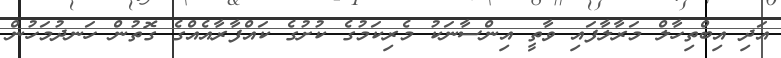
އަދި އިބްތިހާލް މަރާލާފައި ވާތީ އިންސާނަކު މެރިކަމުގެ ކުށުގެ ކައްފާރާއެއްގެ ގޮތުން ހަނދުމަހުން